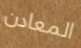
المعادن